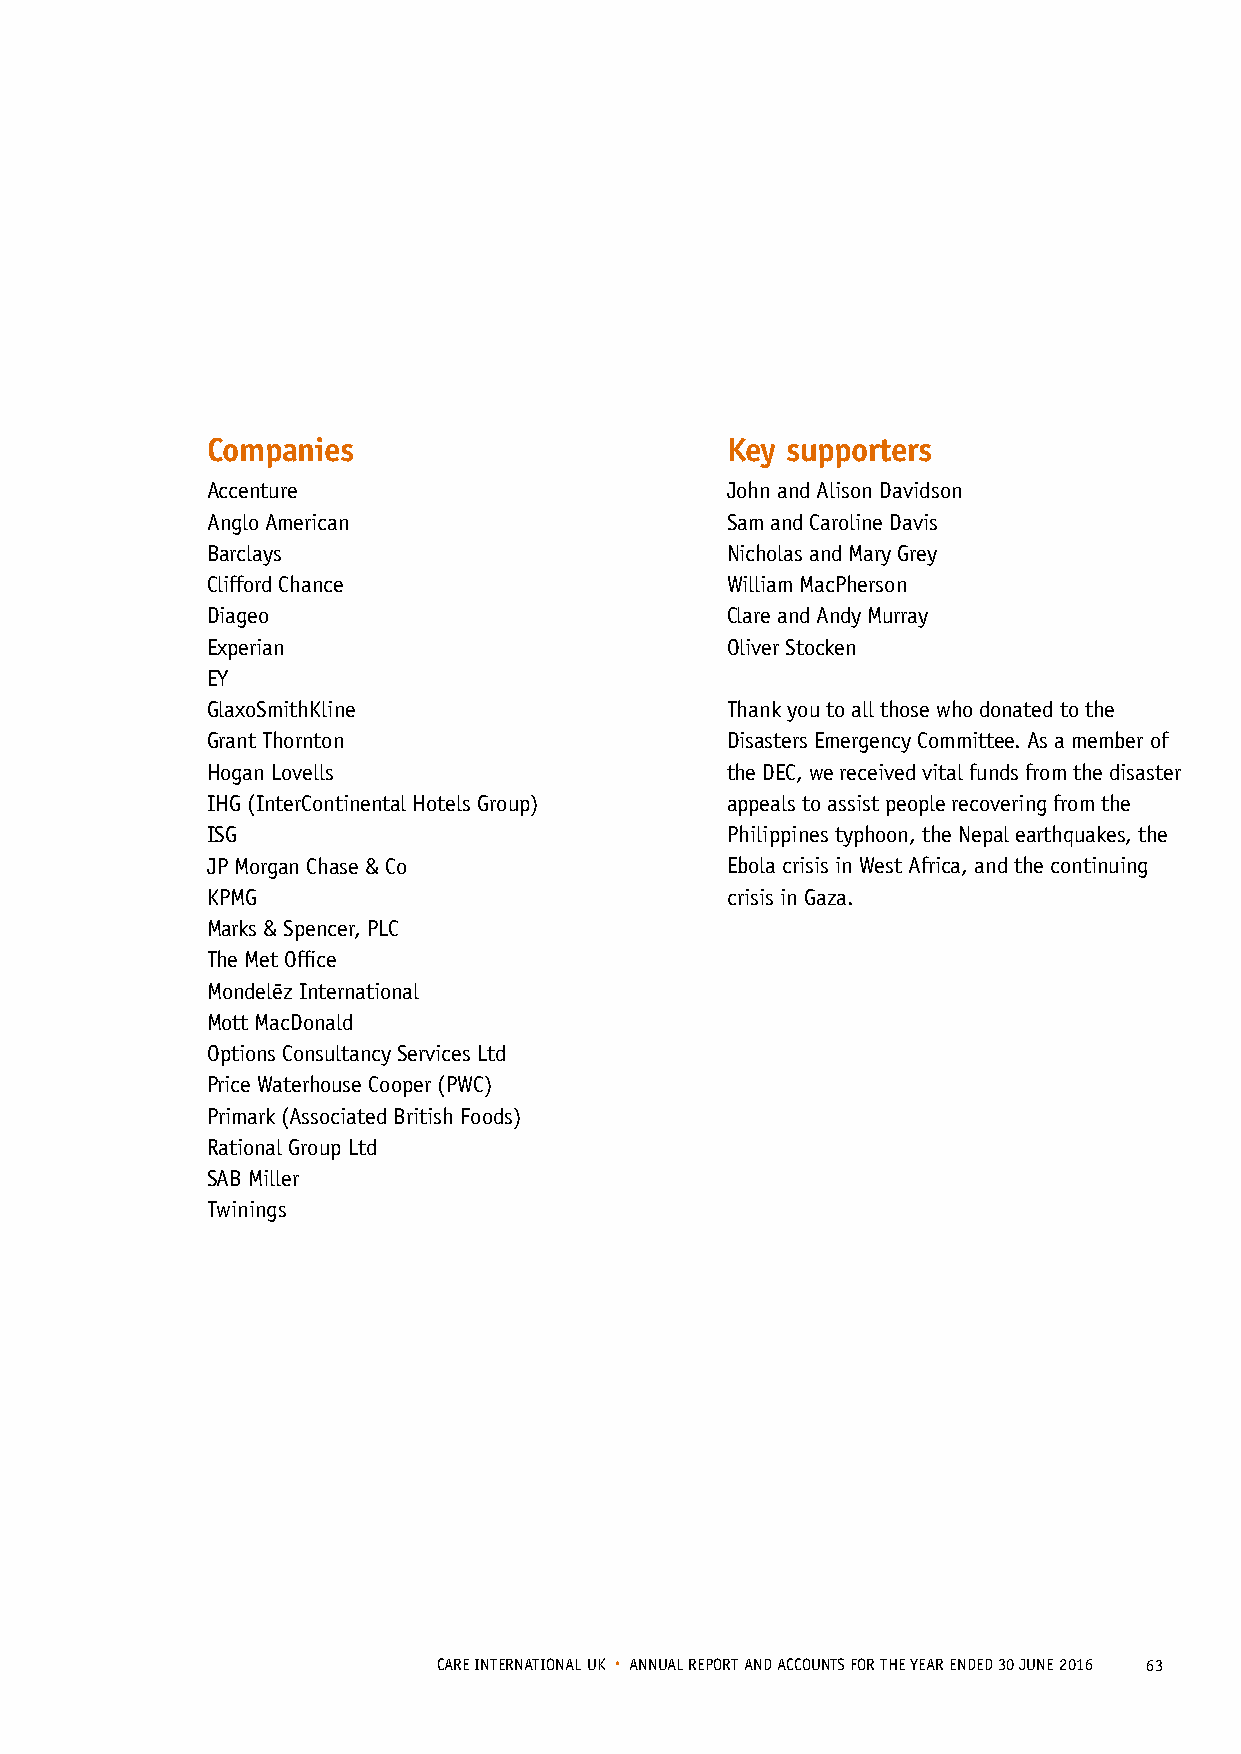
Companies                         Key supporters
 Accenture                         John and Alison Davidson
 Anglo American                    Sam and Caroline Davis
 Barclays                          Nicholas and Mary Grey
 Clifford Chance                   William MacPherson
 Diageo                            Clare and Andy Murray
 Experian                          Oliver Stocken
 EY
 GlaxoSmithKline                   Thank you to all those who donated to the
 Grant Thornton                    Disasters Emergency Committee. As a member of
 Hogan Lovells                     the DEC, we received vital funds from the disaster
 IHG (InterContinental Hotels Group) appeals to assist people recovering from the
 ISG                               Philippines typhoon, the Nepal earthquakes, the
 JP Morgan Chase & Co              Ebola crisis in West Africa, and the continuing
 KPMG                              crisis in Gaza.
 Marks & Spencer, PLC
 The Met Office
 -
 Mondelez International
 Mott MacDonald
 Options Consultancy Services Ltd
 Price Waterhouse Cooper (PWC)
 Primark (Associated British Foods)
 Rational Group Ltd
 SAB Miller
 Twinings
 CARE INTERNATIONAL UK • ANNUAL REPORT AND ACCOUNTS FOR THE YEAR ENDED 30 JUNE 2016 63